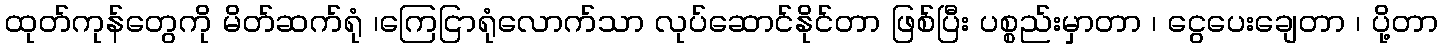
ထုတ်ကုန်တွေကို မိတ်ဆက်ရုံ ၊ကြေငြာရုံလောက်သာ လုပ်ဆောင်နိုင်တာ ဖြစ်ပြီး ပစ္စည်းမှာတာ ၊ ငွေပေးချေတာ ၊ ပို့တာ